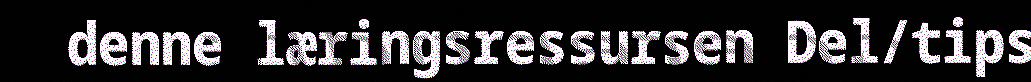
denne læringsressursen Del/tips